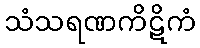
သံသရဏကိဋိကံ